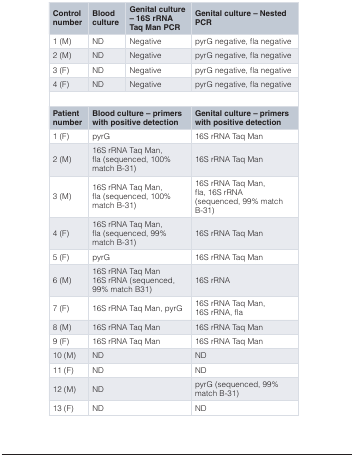
<table><thead><tr><td><b>Controlnumber</b></td><td><b>Bloodculture</b></td><td><b>Genital culture– 16S rRNATaq Man PCR</b></td><td><b>Genital culture – Nested PCR</b></td></tr></thead><tbody><tr><td>1 (M)</td><td>ND</td><td>Negative</td><td>pyrG negative, fla negative</td></tr><tr><td>2 (M)</td><td>ND</td><td>Negative</td><td>pyrG negative, fla negative</td></tr><tr><td>3 (F)</td><td>ND</td><td>Negative</td><td>pyrG negative, fla negative</td></tr><tr><td>4 (F)</td><td>ND</td><td>Negative</td><td>pyrG negative, fla negative</td></tr><tr><td><b>Patient number</b></td><td colspan="2"><b>Blood culture – primers</b><b>with positive detection</b></td><td><b>Genital culture – primers</b><b>with positive detection</b></td></tr><tr><td>1 (F)</td><td colspan="2">pyrG</td><td>16S rRNA Taq Man</td></tr><tr><td>2 (M)</td><td colspan="2">16S rRNA Taq Man,fla (sequenced, 100%match B-31)</td><td>16S rRNA Taq Man</td></tr><tr><td>3 (M)</td><td colspan="2">16S rRNA Taq Man,fla (sequenced, 100%match B-31)</td><td>16S rRNA Taq Man,fla, 16S rRNA(sequenced, 99% matchB-31)</td></tr><tr><td>4 (F)</td><td colspan="2">16S rRNA Taq Man,fla (sequenced, 99%match B-31)</td><td>16S rRNA Taq Man</td></tr><tr><td>5 (F)</td><td colspan="2">pyrG</td><td>16S rRNA Taq Man</td></tr><tr><td>6 (M)</td><td colspan="2">16S rRNA Taq Man16S rRNA (sequenced,99% match B31)</td><td>16S rRNA</td></tr><tr><td>7 (F)</td><td colspan="2">16S rRNA Taq Man, pyrG</td><td>16S rRNA Taq Man,16S rRNA, fla</td></tr><tr><td>8 (M)</td><td colspan="2">16S rRNA Taq Man</td><td>16S rRNA Taq Man</td></tr><tr><td>9 (F)</td><td colspan="2">16S rRNA Taq Man</td><td>16S rRNA Taq Man</td></tr><tr><td>10 (M)</td><td colspan="2">ND</td><td>ND</td></tr><tr><td>11 (F)</td><td colspan="2">ND</td><td>ND</td></tr><tr><td>12 (M)</td><td colspan="2">ND</td><td>pyrG (sequenced, 99%match B-31)</td></tr><tr><td>13 (F)</td><td colspan="2">ND</td><td>ND</td></tr></tbody></table>